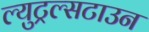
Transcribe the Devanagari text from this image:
ल्युट्रल्सटाउन